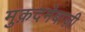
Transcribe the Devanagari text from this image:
मुक़दमेबाज़ी